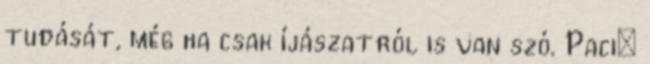
tudását, még ha csak íjászatról is van szó. Paci: